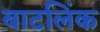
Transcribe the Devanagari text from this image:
बाटलिंक